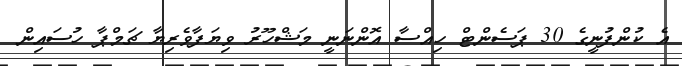
އެ ކުންފުނީގެ 30 ޕަސެންޓް ހިއްސާ އޮންނަނީ މަޝްހޫރު ވިޔަފާވެރިޔާ ޗަމްޕާ ހުސައިން